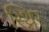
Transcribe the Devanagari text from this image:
स्थ्रिर